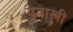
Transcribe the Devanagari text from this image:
युवास्त्री